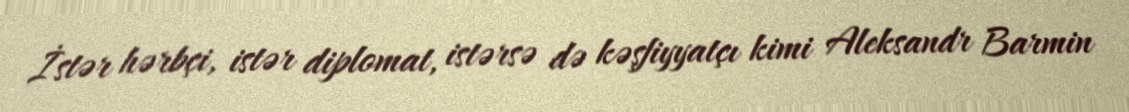
İstər hərbçi, istər diplomat, istərsə də kəşfiyyatçı kimi Aleksandr Barmin